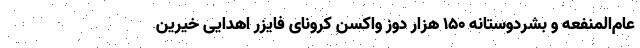
عام‌المنفعه و بشردوستانه ۱۵۰ هزار دوز واکسن کرونای فایزر اهدایی خیرین